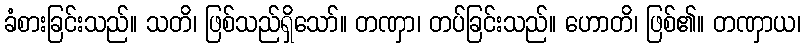
ခံစားခြင်းသည်။ သတိ၊ ဖြစ်သည်ရှိသော်။ တဏှာ၊ တပ်ခြင်းသည်။ ဟောတိ၊ ဖြစ်၏။ တဏှာယ၊